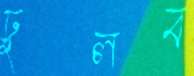
ঢুলব